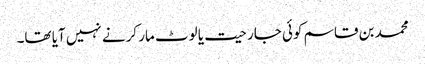
محمد بن قاسم کوئی جارحیت یا لوٹ مار کرنے نہیں آیا تھا۔